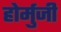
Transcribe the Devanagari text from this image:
होर्मुजी